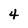
Character: 4